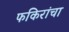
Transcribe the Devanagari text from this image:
फकिरांचा